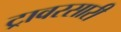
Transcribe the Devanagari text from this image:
ट्रावरसारी